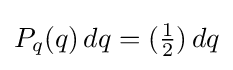
P_{q}(q)\,dq=({\textstyle {\frac {1}{2}}})\,dq